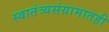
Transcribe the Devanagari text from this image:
स्वातंत्र्यसंग्रामातही